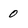
Character: 0